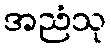
အညံသု